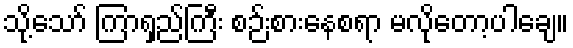
သို့သော် ကြာရှည်ကြီး စဉ်းစားနေစရာ မလိုတော့ပါချေ။